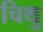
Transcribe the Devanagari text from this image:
चिथु